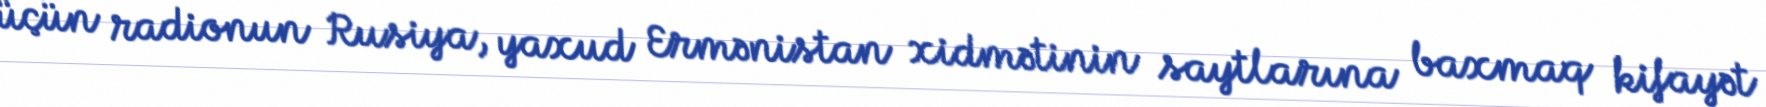
üçün radionun Rusiya, yaxud Ermənistan xidmətinin saytlarına baxmaq kifayət